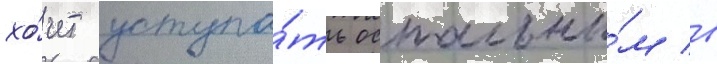
хо́чет уступа́ть остальны́м в